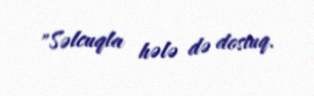
"Səlcuqla hələ də dostuq.